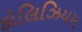
કોલિઝિયમ